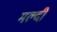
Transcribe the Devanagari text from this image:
मल्दी